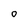
Character: o